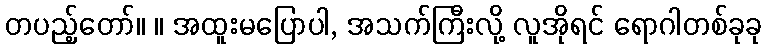
တပည့်တော်။ ။ အထူးမပြောပါ, အသက်ကြီးလို့ လူအိုရင် ရောဂါတစ်ခုခု